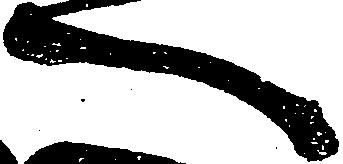
一